Indian journal of veterinary science and animal husbandry - Volume 10,
Year: 1940
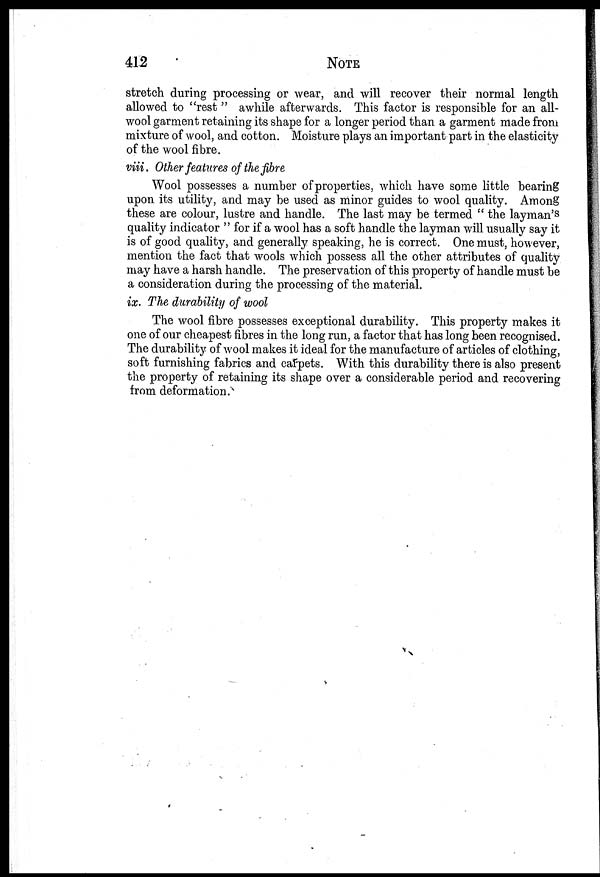
412
NOTE
stretch during processing or wear, and will recover their normal length
allowed to "rest" awhile afterwards. This factor is responsible for an all-
wool garment retaining its shape for a longer period than a garment made from
mixture of wool, and cotton. Moisture plays an important part in the elasticity
of the wool fibre.
viii. Other features of the fibre
Wool possesses a number of properties, which have some little bearing
upon its utility, and may be used as minor guides to wool quality. Among
these are colour, lustre and handle. The last may be termed " the layman's
quality indicator " for if a wool has a soft handle the layman will usually say it
is of good quality, and generally speaking, he is correct. One must, however,
mention the fact that wools which possess all the other attributes of quality
may have a harsh handle. The preservation of this property of handle must be
a consideration during the processing of the material.
ix. The durability of wool
The wool fibre possesses exceptional durability. This property makes it
one of our cheapest fibres in the long run, a factor that has long been recognised.
The durability of wool makes it ideal for the manufacture of articles of clothing,
soft furnishing fabrics and carpets. With this durability there is also present
the property of retaining its shape over a considerable period and recovering
from deformation.